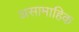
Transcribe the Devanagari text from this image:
असामाहिक